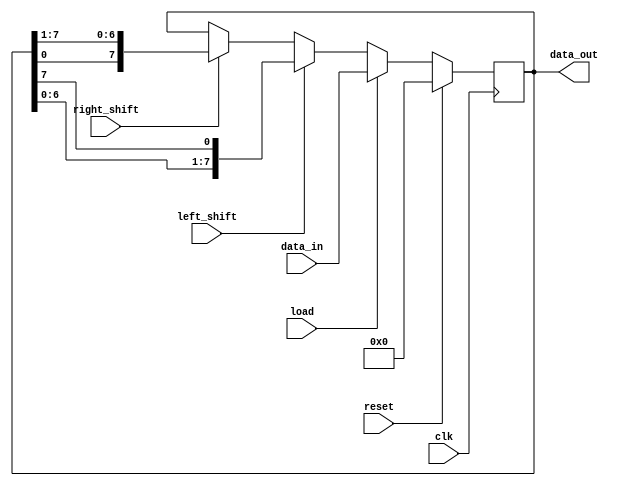
module universal_shift_register(
    input wire clk,
    input wire load,
    input wire reset,
    input wire left_shift,
    input wire right_shift,
    input wire [7:0] data_in,
    output reg [7:0] data_out
);

reg [7:0] shift_reg;

always @(posedge clk) begin
    if (reset) begin
        shift_reg <= 8'h00;
    end else if (load) begin
        shift_reg <= data_in;
    end else begin
        if (left_shift) begin
            shift_reg <= {shift_reg[6:0], shift_reg[7]};
        end else if (right_shift) begin
            shift_reg <= {shift_reg[0], shift_reg[7:1]};
        end
    end
end

assign data_out = shift_reg;

endmodule